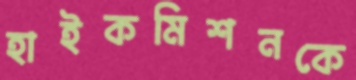
হাইকমিশনকে